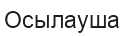
Осылауша